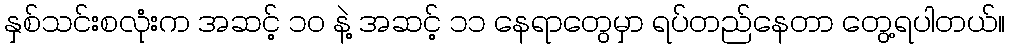
နှစ်သင်းစလုံးက အဆင့် ၁၀ နဲ့ အဆင့် ၁၁ နေရာတွေမှာ ရပ်တည်နေတာ တွေ့ရပါတယ်။